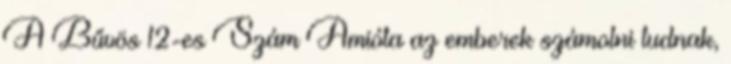
A Bűvös 12-es Szám Amióta az emberek számolni tudnak,